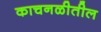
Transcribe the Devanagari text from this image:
काचनळीतील